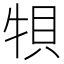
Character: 㸽